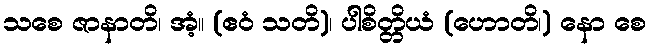
သစေ ဇာနာတိ၊ အံ့။ (ဧဝံ သတိ)၊ ပါစိတ္တိယံ (ဟောတိ၊) နော စေ